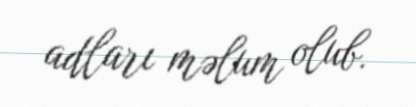
adları məlum olub.